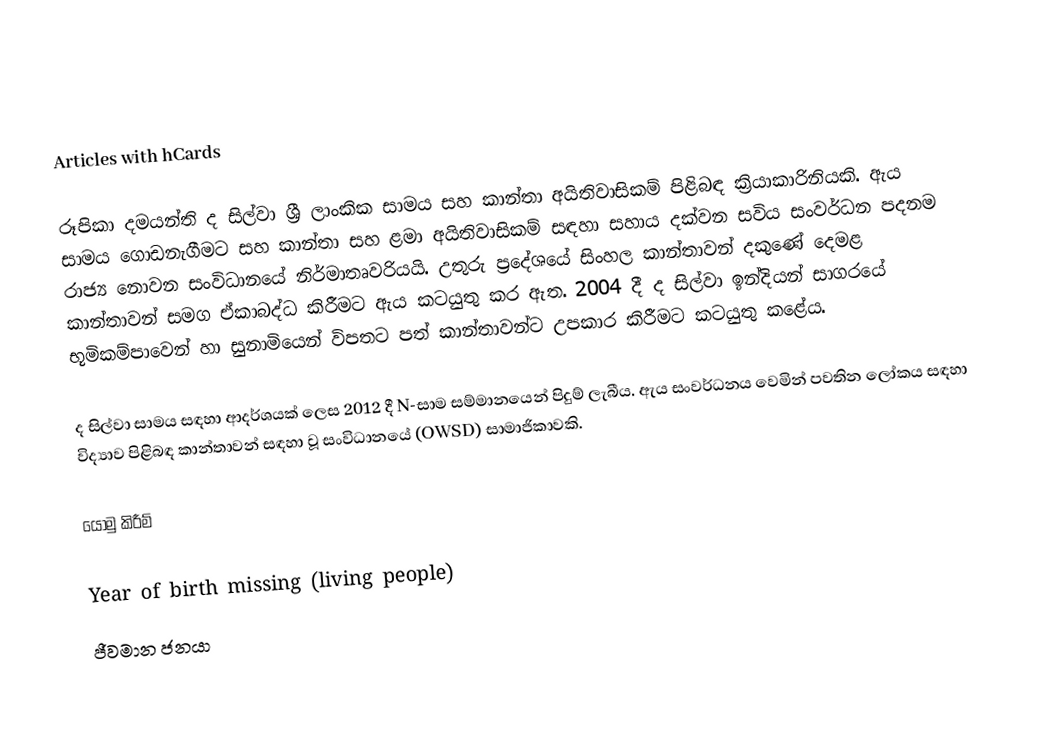
Articles with hCards

රූපිකා දමයන්ති ද සිල්වා ශ්‍රී ලාංකික සාමය සහ කාන්තා අයිතිවාසිකම් පිළිබඳ ක්‍රියාකාරිනියකි. ඇය සාමය ගොඩනැගීමට සහ කාන්තා සහ ළමා අයිතිවාසිකම් සඳහා සහාය දක්වන සවිය සංවර්ධන පදනම රාජ්‍ය නොවන සංවිධානයේ නිර්මාතෘවරියයි. උතුරු ප්‍රදේශයේ සිංහල කාන්තාවන් දකුණේ දෙමළ කාන්තාවන් සමග ඒකාබද්ධ කිරීමට ඇය කටයුතු කර ඇත. 2004 දී ද සිල්වා ඉන්දියන් සාගරයේ භූමිකම්පාවෙන් හා සුනාමියෙන් විපතට පත් කාන්තාවන්ට උපකාර කිරීමට කටයුතු කළේය.

ද සිල්වා සාමය සඳහා ආදර්ශයක් ලෙස 2012 දී N-සාම සම්මානයෙන් පිදුම් ලැබීය.   ඇය සංවර්ධනය වෙමින් පවතින ලෝකය සඳහා විද්‍යාව පිළිබඳ කාන්තාවන් සඳහා වූ සංවිධානයේ (OWSD) සාමාජිකාවකි.

යොමු කිරීම්

Year of birth missing (living people)
ජීවමාන ජනයා